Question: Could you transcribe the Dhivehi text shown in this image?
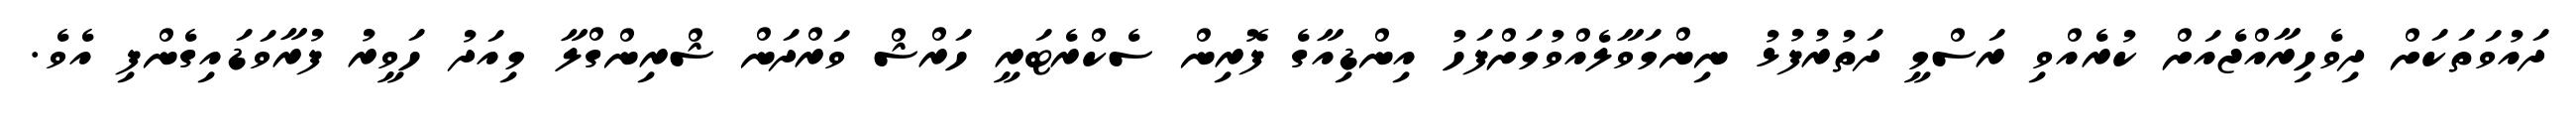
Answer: ދައުވަތަކަށް ދިވެހިރާއްޖެއަށް ކުރެއްވި ރަސްމީ ދަތުރުފުޅު ނިންމަވާލެއްވުމަށްފަހު އިންޑިއާގެ ފޮރިން ސެކްރެޓަރީ ހަރްޝް ވަރްދަން ޝްރިންގްލާ މިއަދު ހަވީރު ފުރާވަޑައިގެންފި އެވެ.